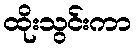
ထိုးသွင်းကာ